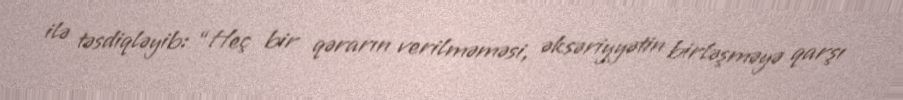
ilə təsdiqləyib: “Heç bir qərarın verilməməsi, əksəriyyətin birləşməyə qarşı